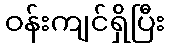
ဝန်းကျင်ရှိပြီး